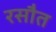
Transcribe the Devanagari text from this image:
रसौत